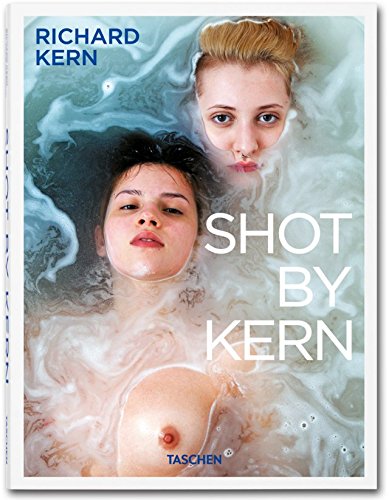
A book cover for Shot By Kern; Arts & Photography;